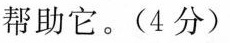
帮助它。(4分)